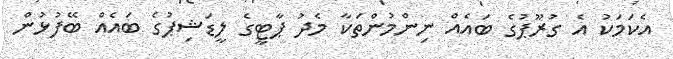
އެކަމަކު އެ ގުރޫޕުގެ ބައެއް ނިންމުންތަކާ މެދު ޕާޓީގެ ލީޑަޝިޕުގެ ބައެއް ބޭފުޅުން